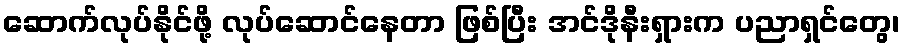
ဆောက်လုပ်နိုင်ဖို့ လုပ်ဆောင်နေတာ ဖြစ်ပြီး အင်ဒိုနီးရှားက ပညာရှင်တွေ၊